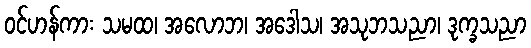
ဝင်ဟန်ကား သမထ၊ အလောဘ၊ အဒေါသ၊ အသုဘသညာ၊ ဒုက္ခသညာ